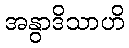
အနွာဒိသာဟိ